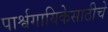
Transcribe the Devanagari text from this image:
पार्श्वगायिकेसाठीचे